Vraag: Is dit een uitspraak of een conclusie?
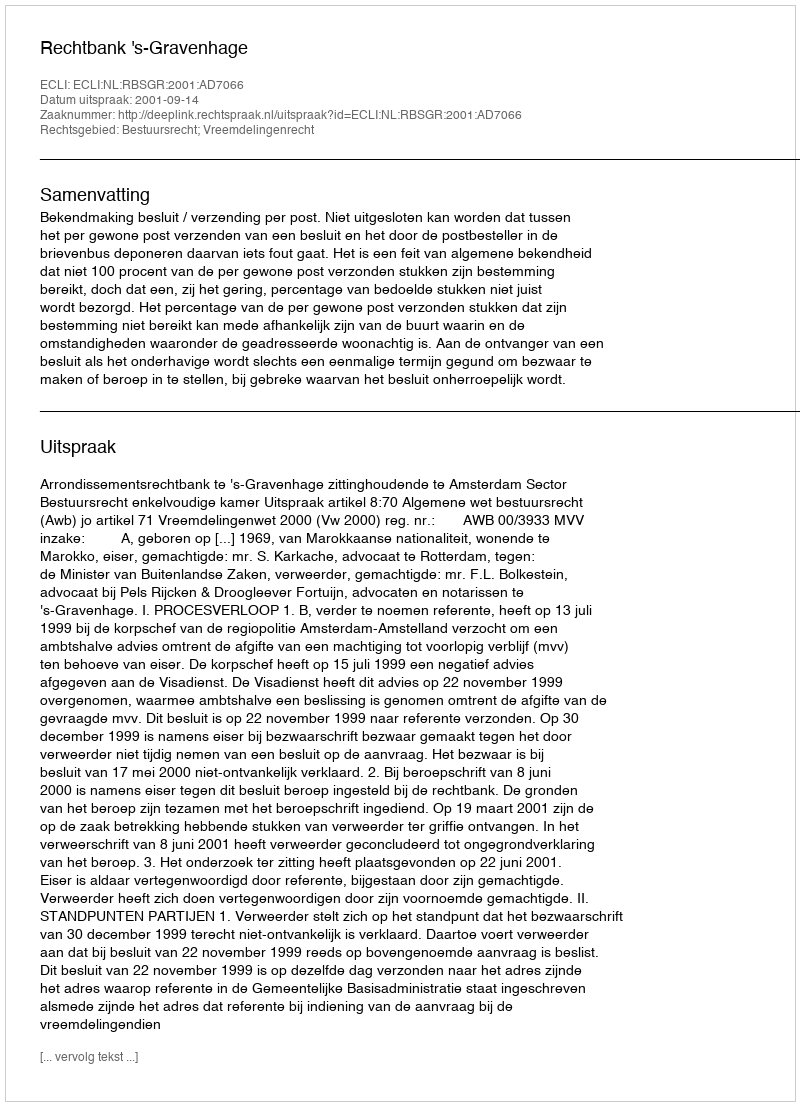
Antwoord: Uitspraak